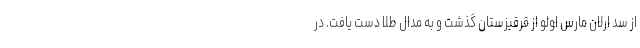
از سد ارلان مارس اولو از قرقیزستان گذشت و به مدال طلا دست یافت. در